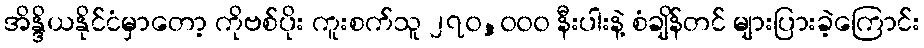
အိန္ဒိယနိုင်ငံမှာတော့ ကိုဗစ်ပိုး ကူးစက်သူ ၂၇၀,၀၀၀ နီးပါးနဲ့ စံချိန်တင် များပြားခဲ့ကြောင်း